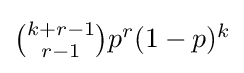
{\textstyle {\binom {k+r-1}{r-1}}p^{r}(1-p)^{k}}